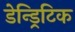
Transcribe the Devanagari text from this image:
डेन्ड्रिटिक